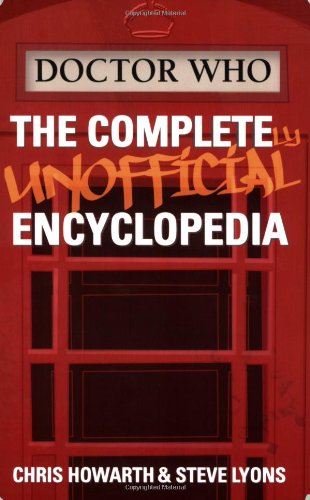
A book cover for Doctor Who: The Completely Unofficial Encyclopedia; Chris Howarth; Humor & Entertainment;